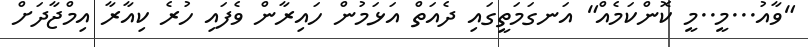
"ވާއު...މީ..މީ ކޮންކަމެއް" އަނގަމަތީގައި ދެއަތް އަޅަމުން ހައިރާން ވެފައި ހުރެ ކިއާރާ އިމްޖާދަށް